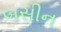
બસીન